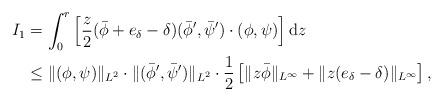
LaTeX: \begin{align*} I_1&=\int_0^r \left[\frac{z}{2}(\bar\phi+e_\delta-\delta)(\bar\phi',\bar\psi')\cdot (\phi,\psi)\right]{\rm{d}}z\\ &\leq\Vert (\phi,\psi)\Vert_{L^2}\cdot \Vert (\bar\phi',\bar\psi')\Vert_{L^2} \cdot\frac{1}{2}\left[\Vert z\bar\phi\Vert_{L^\infty}+\Vert z(e_\delta-\delta)\Vert_{L^\infty}\right],\end{align*}